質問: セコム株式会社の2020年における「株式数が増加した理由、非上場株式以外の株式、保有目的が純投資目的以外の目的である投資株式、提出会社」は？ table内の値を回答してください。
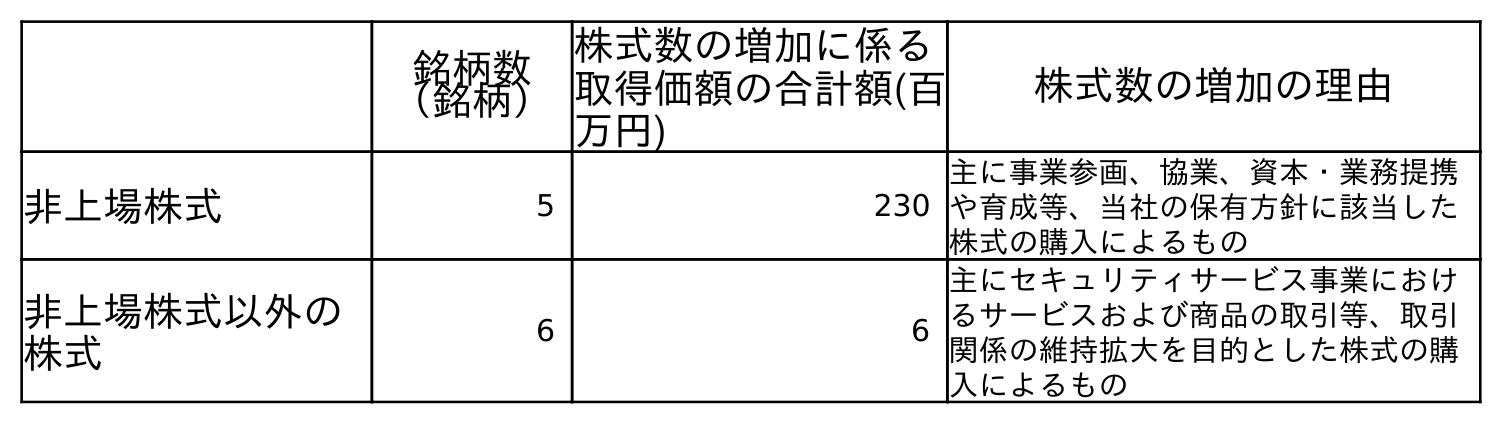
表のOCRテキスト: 銘柄数 （銘柄） 株式数の増加に係る 取得価額の合計額(百 万円) 株式数の増加の理由 非上場株式 5 230 主に事業参画、協業、資本・業務提携 や育成等、当社の保有方針に該当した 株式の購入によるもの 非上場株式以外の 株式 6 6 主にセキュリティサービス事業におけ るサービスおよび商品の取引等、取引 関係の維持拡大を目的とした株式の購 入によるもの
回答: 主にセキュリティサービス事業におけるサービスおよび商品の取引等、取引関係の維持拡大を目的とした株式の購入によるもの